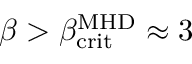
\beta > \beta _ { \mathrm { c r i t } } ^ { \mathrm { M H D } } \approx 3 \